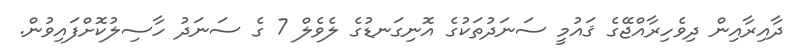
ދާއިރާއިން ދިވެހިރާއްޖޭގެ ޤައުމީ ސަނަދުތަކުގެ އޮނިގަނޑުގެ ލެވެލް 7 ގެ ސަނަދު ހާސިލުކޮށްފައިވުން.